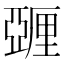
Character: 𬪿